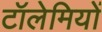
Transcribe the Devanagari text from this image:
टॉलेमियों